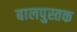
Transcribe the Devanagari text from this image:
बालपुस्तक